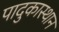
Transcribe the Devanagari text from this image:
पादुकास्थान